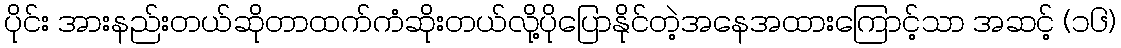
ပိုင်း အားနည်းတယ်ဆိုတာထက်ကံဆိုးတယ်လို့ပိုပြောနိုင်တဲ့အနေအထားကြောင့်သာ အဆင့် (၁၆)